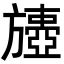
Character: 𣄟